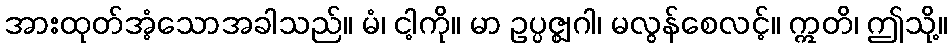
အားထုတ်အံ့သောအခါသည်။ မံ၊ ငါ့ကို။ မာ ဥပ္ပဇ္ဈဂါ၊ မလွန်စေလင့်။ ဣတိ၊ ဤသို့။